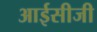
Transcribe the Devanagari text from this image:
आईसीजी